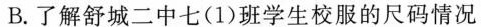
B.了解舒城二中七(1)班学生校服的尺码情况